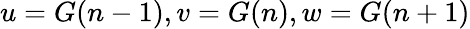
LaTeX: u=G(n-1),v=G(n),w=G(n+1)